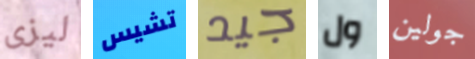
ليزى تشيس جيد ول جولين